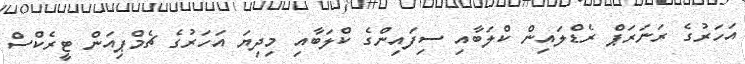
އަހަރުގެ ރަނަރަޕް ރެޑްލައިން ކްލަބާއި ސިފައިންގެ ކްލަބާއި މިދިޔަ އަހަރުގެ ޗެމްޕިއަން ޓީރެކްސް